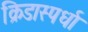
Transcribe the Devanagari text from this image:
क्रिडास्पर्धा